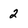
Character: 2